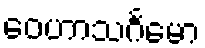
ဝေဟာသင်္ဂမော